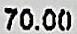
70.00